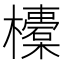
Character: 𣟄